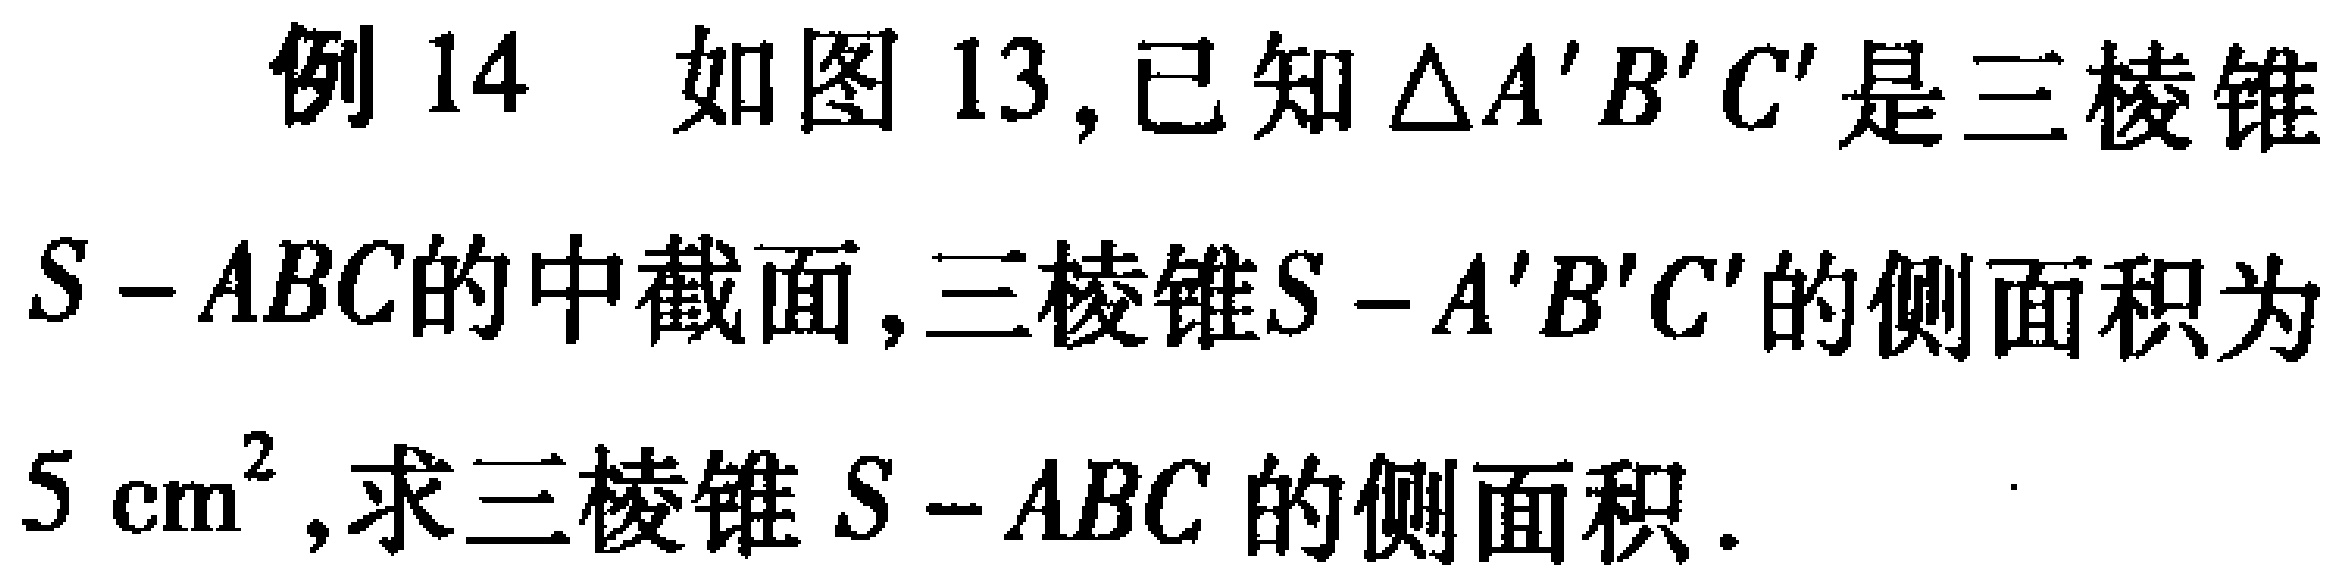
例14 如图13,已知\(\triangle A'B'C'\)是三棱锥\(S - ABC\)的中截面,三棱锥\(S - A'B'C'\)的侧面积为\(5\mathrm{cm}^{2}\),求三棱锥\(S - ABC\)的侧面积.